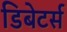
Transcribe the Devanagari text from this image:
डिबेटर्स